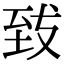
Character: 𮍠